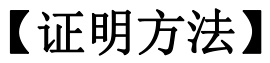
【证明方法】